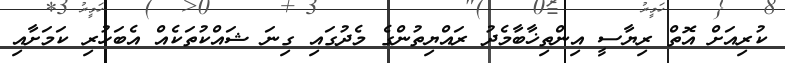
ކުރިއަށް އޮތް ރިޔާސީ އިންތިޚާބާމެދު ރައްޔިތުންގެ މެދުގައި ގިނަ ޝައްކުތަކެއް އެބަހުރި ކަމަށާއި